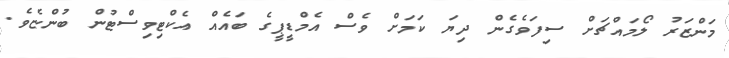
މަންޒަރު ލޯމައްޗަށް ސިފަވެގެން ދިޔަ ކަމަށް ވެސްް އެމްޑީޕީގެ ބައެއް އެކްޓިވިސްޓުން ބުންޏެވެ.